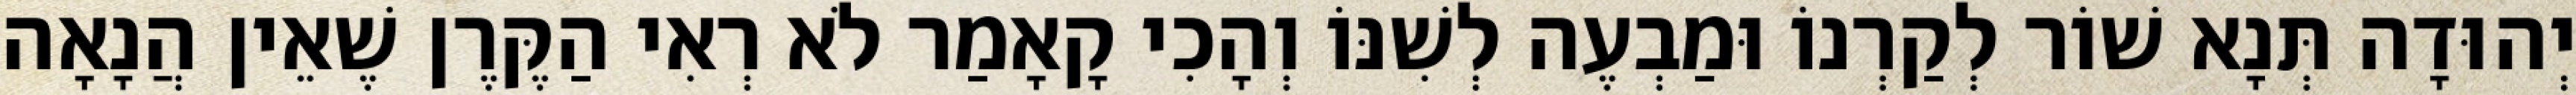
יְהוּדָה תְּנָא שׁוֹר לְקַרְנוֹ וּמַבְעֶה לְשִׁנּוֹ וְהָכִי קָאָמַר לֹא רְאִי הַקֶּרֶן שֶׁאֵין הֲנָאָה